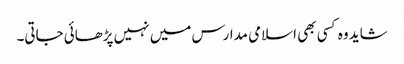
شاید وہ کسی بھی اسلامی مدارس میں نہیں پڑھائی جاتی۔